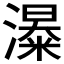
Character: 𱩏